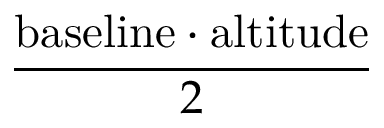
\frac { { \mathrm { b a s e l i n e } } \cdot { \mathrm { a l t i t u d e } } } { 2 }